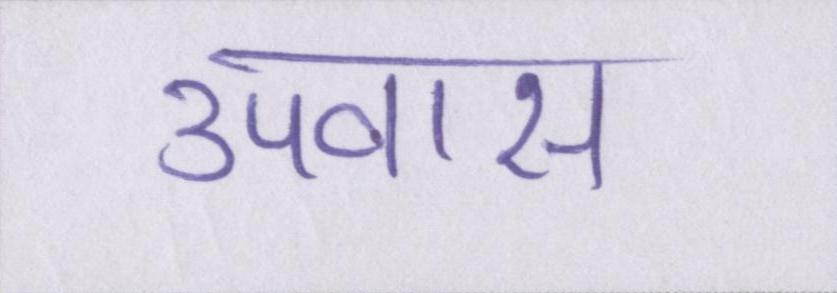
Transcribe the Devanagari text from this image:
उपवास